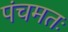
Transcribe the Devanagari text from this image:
पंचमतः